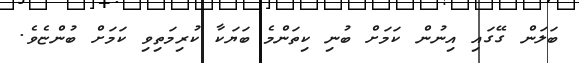
ބަލަން ގޭގައި އިނުން ކަމަށް ބުނި ކިތަންމެ ބަޔަކާ ކުރިމަތިވި ކަމަށް ބުންޏެވެ.